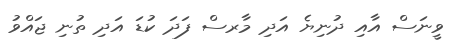
ވީނަސް އާއި ދުނިޔެ އަދި މާރސް ފަދަ ކުޑަ އަދި ތުނި ޖައްވު